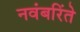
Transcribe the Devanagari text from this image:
नवंबरिंते